Triigi_(Aleksandri)_vallavalitsus_Harjumaal, lk 31
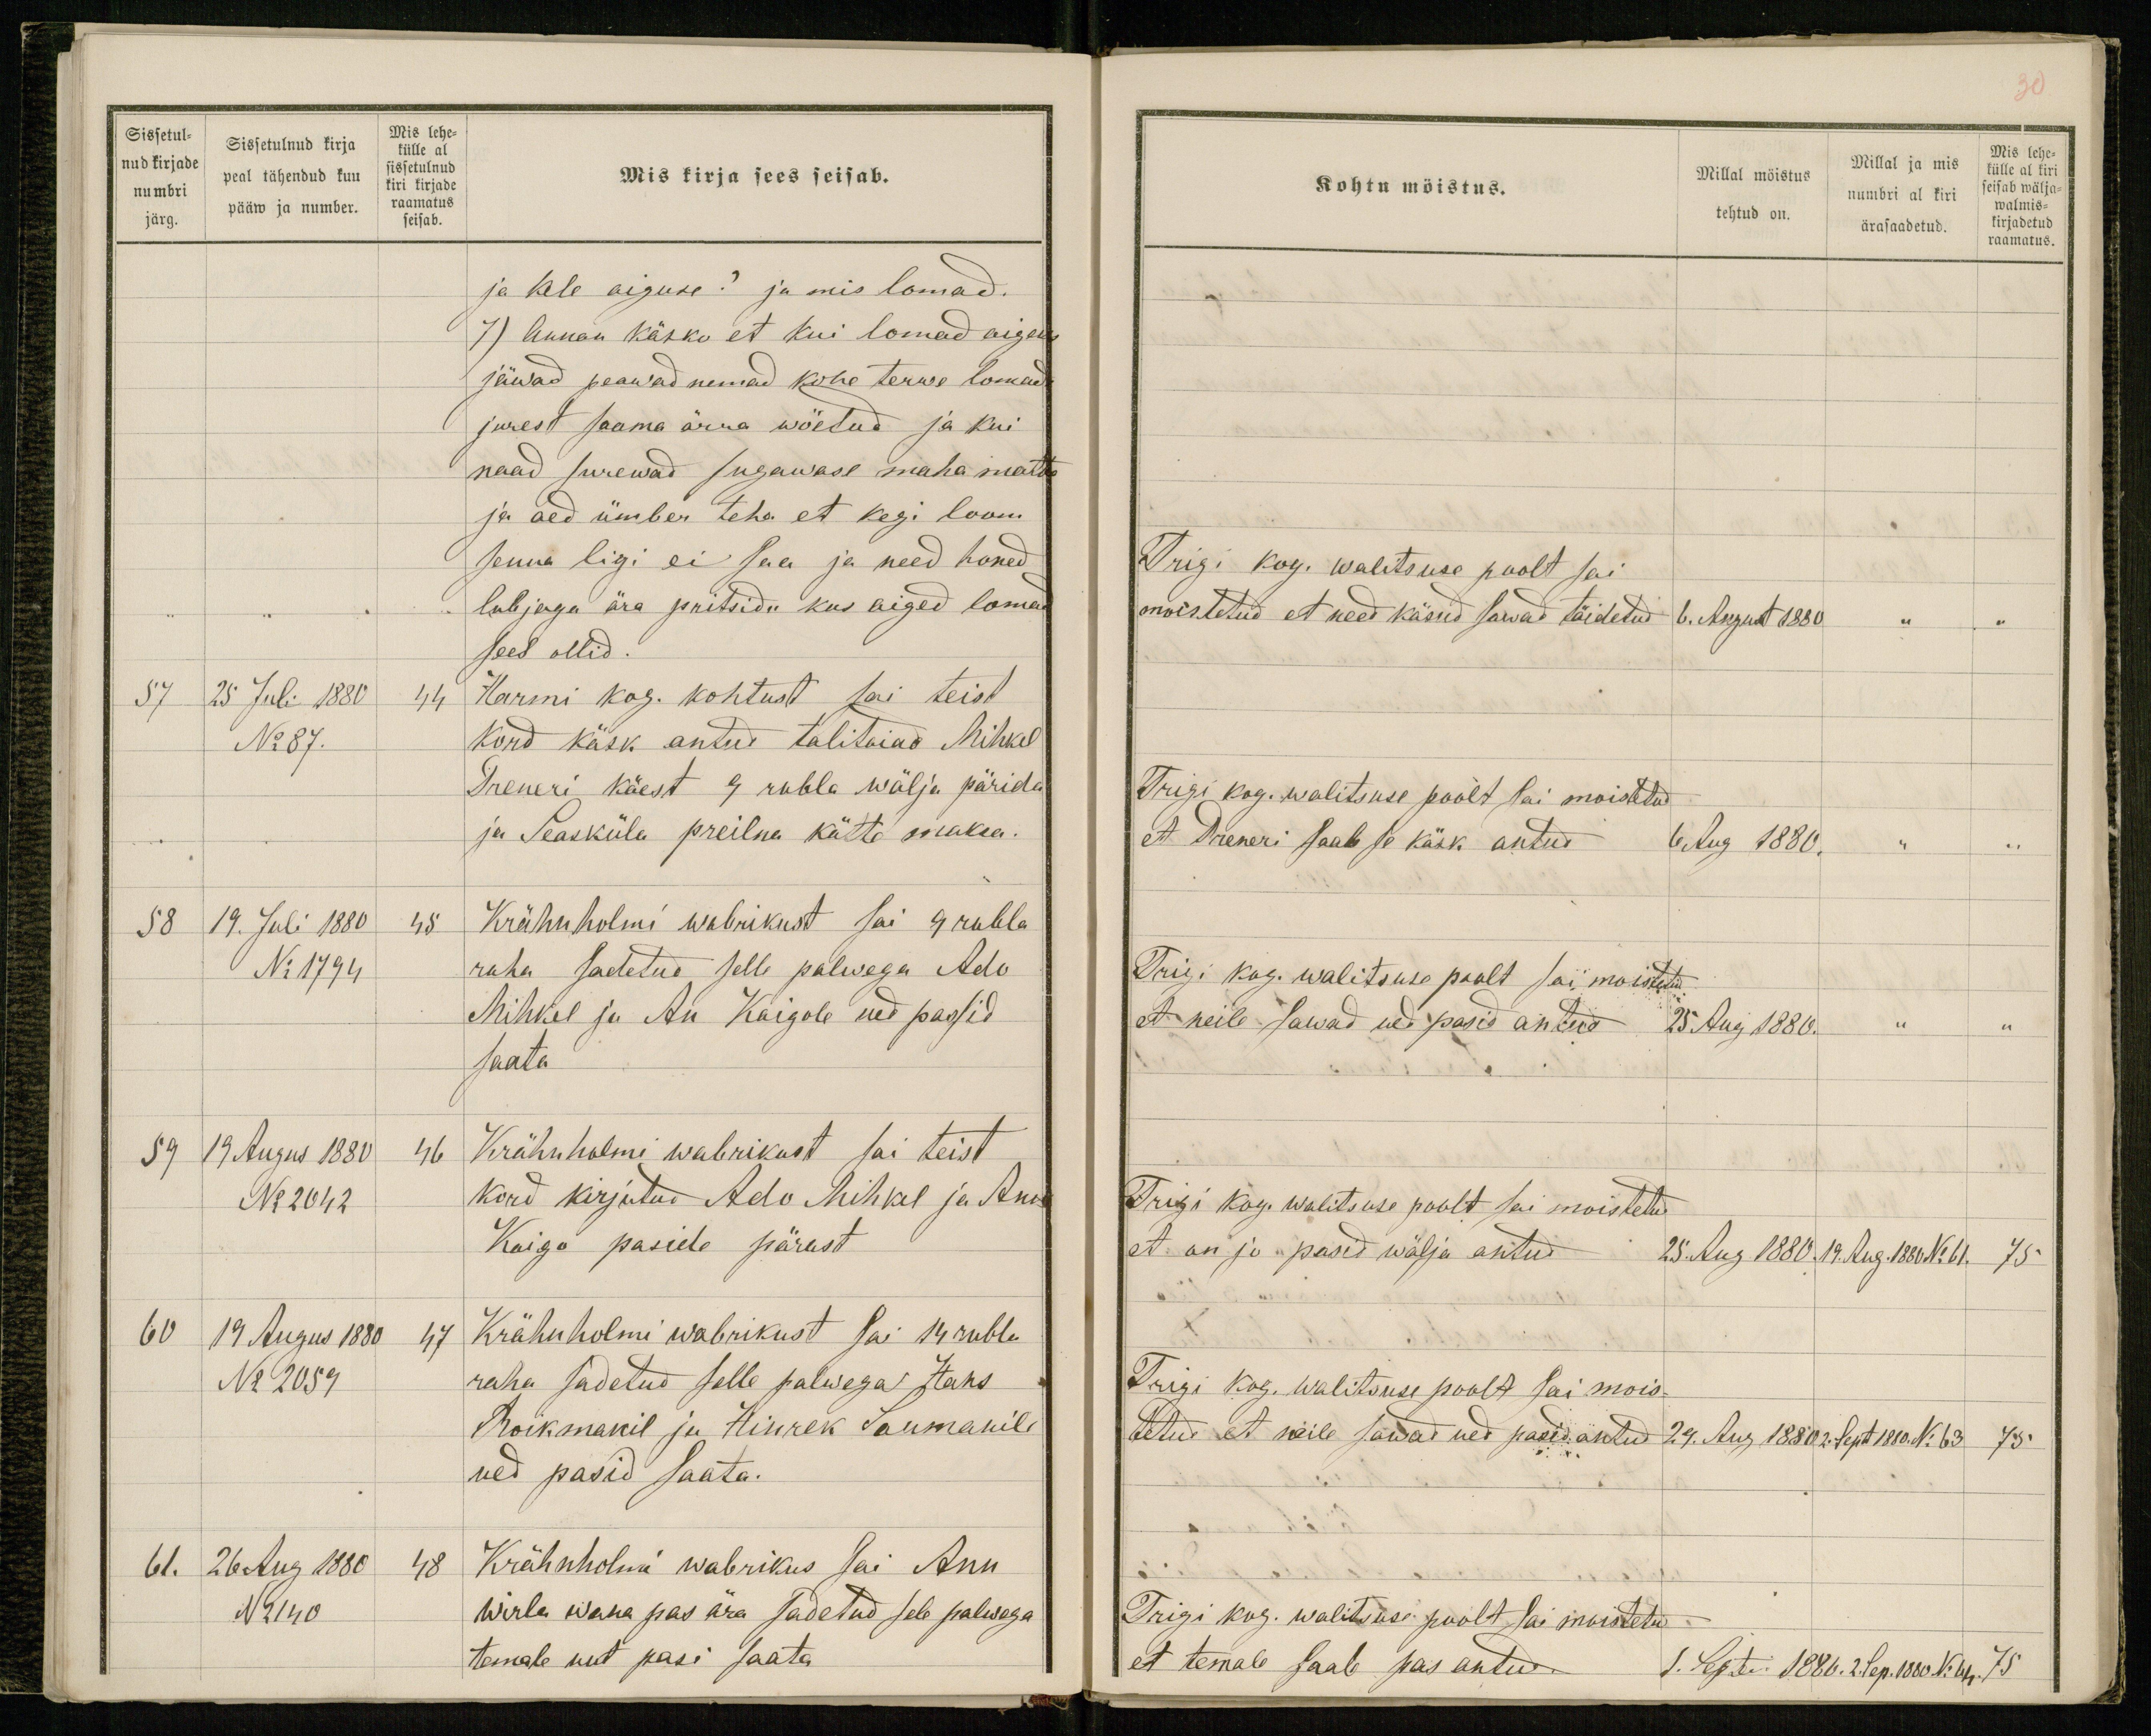
Sissetul-
nud kirjade
numbri
järg.
Sissetulnud kirja
peal tähendud kuu
pääw ja number.
Mis lehe-
külle al
sissetulnud
kiri kirjade
raamatus
seisab.
Mis kirja sees seisab.
ja kele aiguse? ja mis lomad.
7) Annan käsko et kui lomad aigeks
jäwad peawad nemad kohe terwe lomade
jurest saama ärra wöetud ja kui
naad surewad sugawase maha matta
ja aed ümber teha et kegi loom
senna ligi ei saa ja need honed
lubjaga ära pritsida kus aiged lomad
sees ollid.
57 25 Juli 1880 44
Harmi kog. kohtust sai teist
No 87.
kord käsk antud talitaiad Mihkel
Preneri käest 9 rubla wälja pärida
ja Seasküla preilna kätte maksa.
58 19. Juli 1880 45
Krähnholmi wabrikust sai 9 rubla
No 1794
raha sadetud selle palwega Ado
Mihkel ja An Kaigole ued passid
saata
59 19 Augus 1880 46
Krähnholmi wabrikust sai teist
No 2042
kord kirjutud Ado Mihkel ja Ann
Kaigo paside pärast
60 19 Augus 1880 47
Krähnholmi wabrikust sai 14 rubla
No 2059
raha sadetud selle palwega Hans
Roikmanil ja Hinrek Saumanile
ued pasid saata.
61. 26 Aug 1880 48
Krähnholmi wabrikus sai Ann
N 2140
Wirla wana pas ära sadetud sele palwega
temale uut pasi saata.

30
Kohtu möistus.
Millal möistus
tehtud on.
Millal ja mis
numbri al kiri
ärasaadetud.
Mis lehe-
külle al kiri
seisab wälja-
walmis-
kirjadetud
raamatus.
Trigi kog. walitsuse poolt sai
moistetud et need käsud sawad täidetud
6. August 1880 " "
Trigi kog. walitsuse poolt sai moistetud
et Preneri saab se käsk antud
6 Aug 1880. " "
Trigi kog. walitsuse poolt sai moistetud
et neile sawad ued pasid antud
25 Aug 1880. " "
Trigi kog. walitsuse poolt sai moistetud
et on jo pasid wälja antud
25. Aug 1880. 19. Aug. 1880 No 61. 75
Trigi kog. walitsuse poolt sai mois-
tetud et neile sawad ued pasid antud
29. Aug 1880 2. Sept 1880. No 63 75
Trigi kog. walitsuse poolt sai moistetud
et temale saab pas antud.
1. Septe 1880. 2. Sep. 1880 No 64. 75